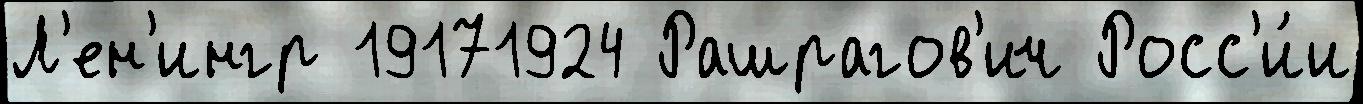
Л'ен'ингр 19171924 Рашрагов'ич Росс'и́и